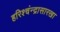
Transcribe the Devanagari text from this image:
हरिश्चंन्द्रासारखा